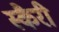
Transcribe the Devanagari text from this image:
स्कैरी